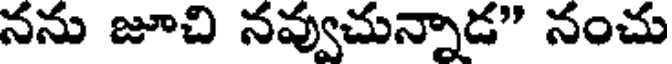
నను జూచి నవ్వుచున్నాడ" నంచు